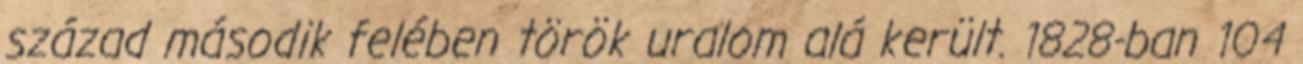
század második felében török uralom alá került. 1828-ban 104